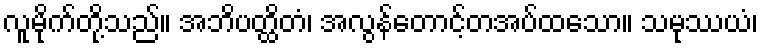
လူမိုက်တို့သည်။ အဘိပတ္ထိတံ၊ အလွန်တောင့်တအပ်ထသော။ သမုဿယံ၊